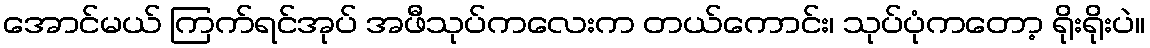
အောင်မယ် ကြက်ရင်အုပ် အဖီသုပ်ကလေးက တယ်ကောင်း၊ သုပ်ပုံကတော့ ရိုးရိုးပဲ။